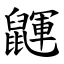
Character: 鼲